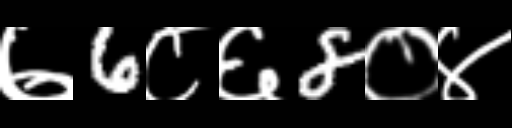
Text: ७6८६8०४